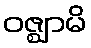
ဝဇ္ဈာမိ